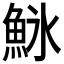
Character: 𬵌